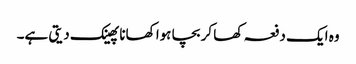
وہ ایک دفعہ کھا کر بچا ہوا کھانا پھینک دیتی ہے۔